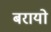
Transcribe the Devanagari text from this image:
बरायो